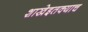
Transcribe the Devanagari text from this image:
शाखेइतक्याच